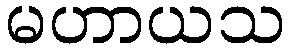
မဟာယသ